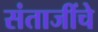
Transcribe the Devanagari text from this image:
संताजींचे